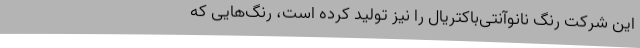
این شرکت رنگ نانوآنتی‌باکتریال را نیز تولید کرده است، رنگ‌هایی که